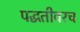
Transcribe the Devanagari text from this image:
पद्धतीवरच